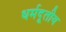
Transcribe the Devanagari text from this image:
धर्मदूतीय